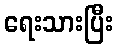
ရေးသားပြီး